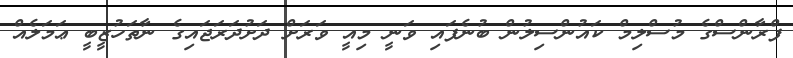
ފްރާންސްގެ މުސްލިމް ކައުންސިލުން ބުނެފައި ވަނީ މިއީ ވަރަށް ދަށުދަރަޖައިގެ ނާތަހުޒީބީ ޢަމަލެއް